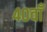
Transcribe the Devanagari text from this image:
४०वाँ